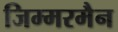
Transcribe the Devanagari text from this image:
जिम्मरमैन